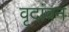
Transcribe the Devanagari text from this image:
वृदांवन